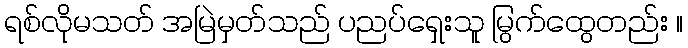
ရစ်လိုမသတ် အမြဲမှတ်သည် ပညပ်ရှေးသူ မြွက်ထွေတည်း ။